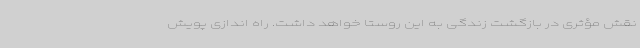
نقش مؤثری در بازگشت زندگی به این روستا خواهد داشت. راه اندازی پویش